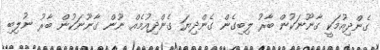
ގެންދިއުމަކީ ގާނޫނަކުން ބާރު ލިބިގެން ގެންދިޔަ ގެންދިއުމެއް ނޫން ގާނޫނަކުން ބާރު ނުލިބި